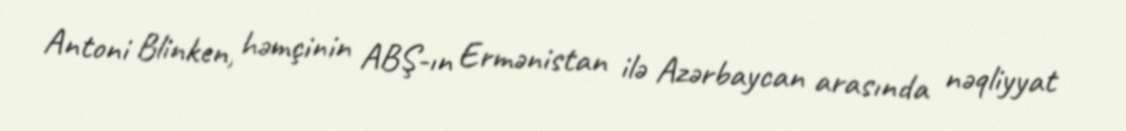
Antoni Blinken, həmçinin ABŞ-ın Ermənistan ilə Azərbaycan arasında nəqliyyat